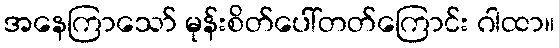
အနေကြာသော် မုန်းစိတ်ပေါ်တတ်ကြောင်း ဂါထာ။